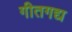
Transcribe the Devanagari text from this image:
गीतगद्य